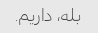
بله، داریم.